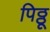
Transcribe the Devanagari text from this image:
पिठ्ठू